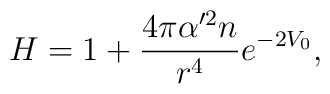
H = 1 + \frac{4 \pi \alpha'^2 n }{r^4} e^{ - 2 V_0},